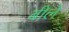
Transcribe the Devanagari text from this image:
बीले